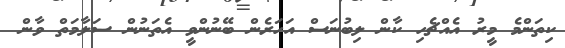
ކިތަންމެ މީރު އެއްޗެހި ކާން ލިބުނަސް އަހަރެން ބޭނުންވީ އެތަނުން ސަލާމަތް ވާން